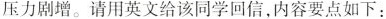
压力剧增。请用英文给该同学回信，内容要点如下：